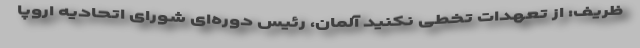
ظریف: از تعهدات تخطی نکنید آلمان، رئیس دوره‌ای شورای اتحادیه اروپا